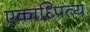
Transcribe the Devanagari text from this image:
एकाध्पित्य